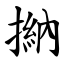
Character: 㨥